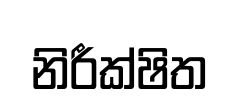
නිරීක්ෂිත